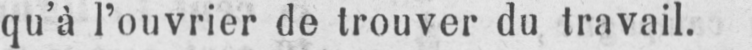
qu’à l’ouvrier de trouver du travail.